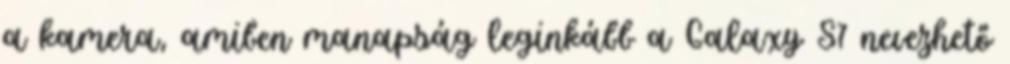
a kamera, amiben manapság leginkább a Galaxy S7 nevezhető